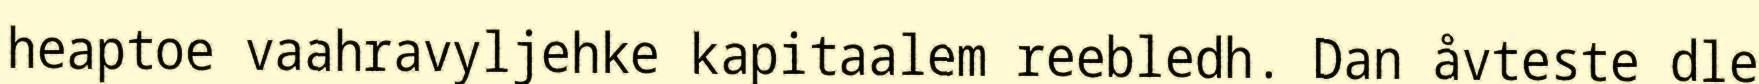
heaptoe vaahravyljehke kapitaalem reebledh. Dan åvteste dle